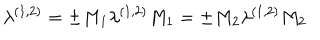
\lambda ^ { ( 1 , 2 ) } = \pm M _ { 1 } \lambda ^ { ( 1 , 2 ) } M _ { 1 } = \pm M _ { 2 } \lambda ^ { ( 1 , 2 ) } M _ { 2 } \;